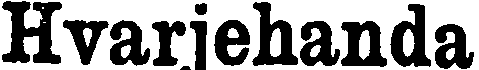
Hvarjehanda.